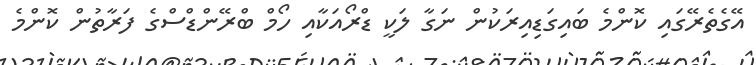
އޭގެތެރޭގައި ކޮންމެ ބައިގަޑިއިރަކުން ނަގާ ލަކީ ޑްރޯއަކާއި ހޯމް ބްރޭންޑްސްގެ ފަރާތުން ކޮންމެ